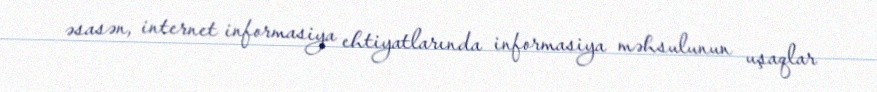
əsasən, internet informasiya ehtiyatlarında informasiya məhsulunun uşaqlar